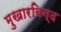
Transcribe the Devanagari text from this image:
मुखारबिन्द